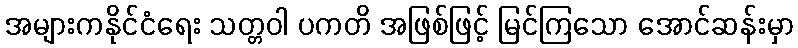
အများကနိုင်ငံရေး သတ္တဝါ ပကတိ အဖြစ်ဖြင့် မြင်ကြသော အောင်ဆန်းမှာ